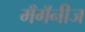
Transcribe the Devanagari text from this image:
मँगॅनीज